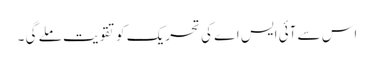
اس سے آئی ایس اے کی تحریک کو تقویت ملے گی ۔